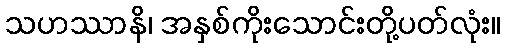
သဟဿာနိ၊ အနှစ်ကိုးသောင်းတို့ပတ်လုံး။